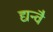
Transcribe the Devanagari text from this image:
द्यन्वै